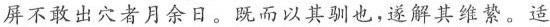
屏不敢出穴者月余日。既而以其驯也，遂解其维絷。适